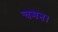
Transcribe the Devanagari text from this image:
चमन।